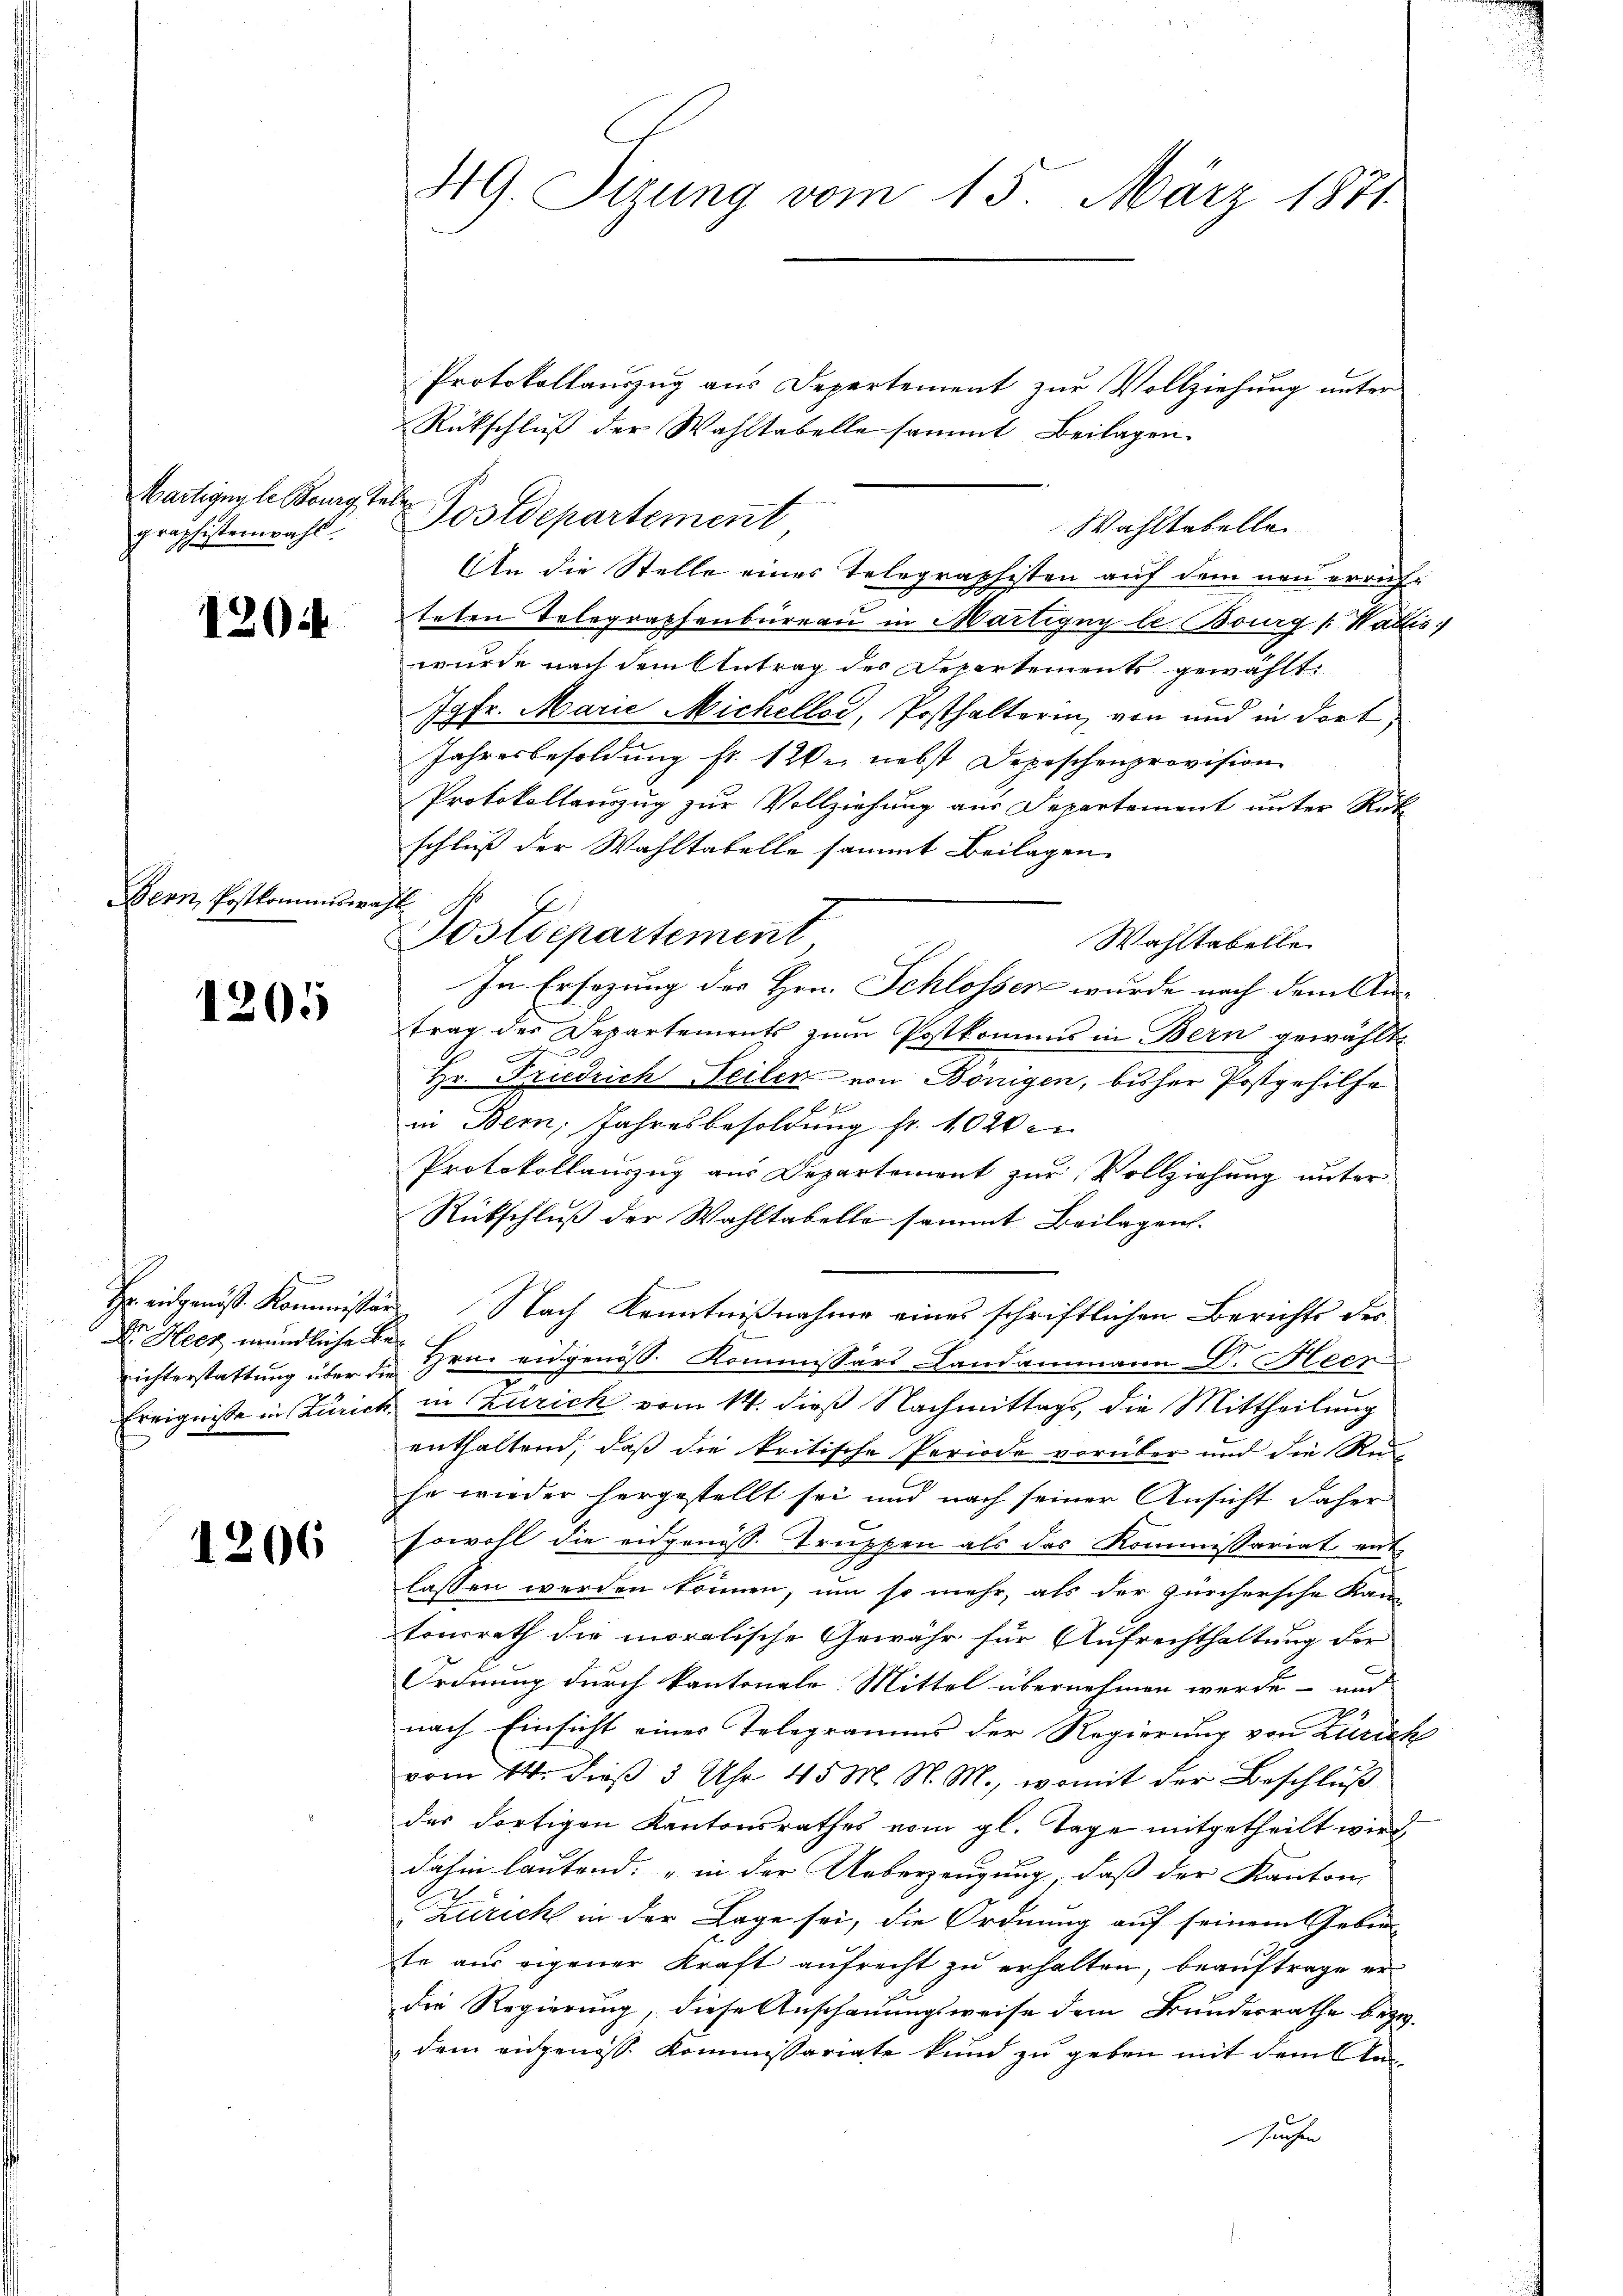
Martigen de Bourg, Tele
graphistenwahl.

1204

Bern, Postkommiswahl

1205

richterstattung über die

1206

49. Sizung vom 15. März 1871

Protokollauszug aus Departement zur Vollziehung unter
Rückschluß der Wahltabelle sammt Beilagen
Postdepartement
An die Stelle eines Telegraphisten auf dem neu errichteten Telegraphenbureau in Martigny be Bourg (Wallis
wurde nach dem Antrag des Departements gewählt:
Jgfr. Marie Michellod, Posthalterin, von und in dort,
Jahresbesoldung fr. 120. nebst Depeschenprovision
Protokollauszug zur Vollziehung aus Departement unter Rück-
schluß der Wahltabelle sammt Beilagen
Postdepartement,
Wahltabelle
In Ersezung des Hrn. Schlosser wurde nach dem Antrag des Departements zum Postkommis in Bern gewählt
n
Hr. Friedrich Teilen von Bönigen, bisher Postgehilfe
in Bern, Jahresbesoldung fr. 1020
Protokollauszug aus Departement zur Vollziehung unter
Rückschluß der Wahltabelle sammt Beilagen.
f
Hr. eidgenöß. Kommissär Nach Kenntnißnahme eines schriftlichen Berichts der
Der Heer mündliche Hrn. eidgenöss. Kommissärs Landammann Dr. Heer
Ereignisse in Zürich in Zürich vom 14. dieß Nachmittags, die Mittheilung
enthaltend, daß die kritische Periode vorüber und die Ruha wieder hergestellt sei und nach seiner Ansicht daher
sowohl die eidgenöss. Truppen als das Kommissariat ent-
lassen werden können, um so mehr, als der zürchersche Kan
tonsrath die moralische Gewähr für Aufrechthaltung der
Ordnung durch kantonale Mittel übernehmen werde- und
nach Einsicht eines Telegramms der Regierung von Zürich
vom 14. dieß 3 Uhr 45 M. N. M., womit der Beschluß
des dortigen Kantonsrathes vom gl. Tage mitgetheilt wird
dahin lautend, „in der Ueberzeugung, daß der Kanton
Zuricht in der Lage sei, die Ordnung auf seinem Gebur
te aus eigener Kraft aufrecht zu erhalten, beauftrage er
die Regierung, diese Anschauungsweise dem Bundesrathe bezw.
dem eidgenoss. Kommissariate kund zu geben mit dem An¬
Hausen

Wahltebelle